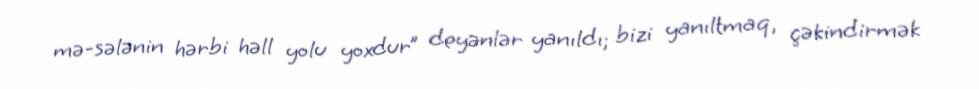
mə­sələnin hərbi həll yolu yoxdur” deyənlər yanıldı; bizi yanıltmaq, çəkindirmək